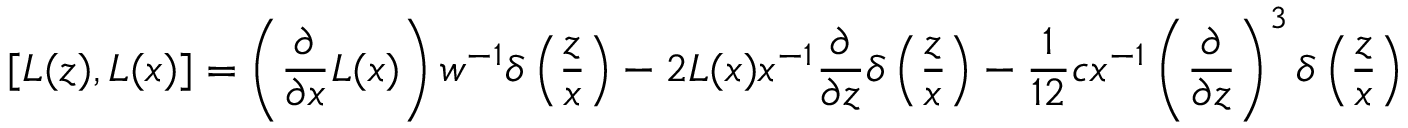
[ L ( z ) , L ( x ) ] = \left( { \frac { \partial } { \partial x } } L ( x ) \right) w ^ { - 1 } \delta \left( { \frac { z } { x } } \right) - 2 L ( x ) x ^ { - 1 } { \frac { \partial } { \partial z } } \delta \left( { \frac { z } { x } } \right) - { \frac { 1 } { 1 2 } } c x ^ { - 1 } \left( { \frac { \partial } { \partial z } } \right) ^ { 3 } \delta \left( { \frac { z } { x } } \right)